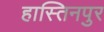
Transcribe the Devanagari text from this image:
हास्तिनपुर